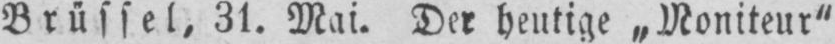
Brüssel, 31. Mai. Der heutige „Moniteur“